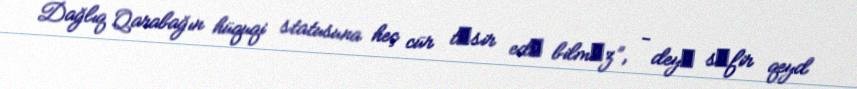
Dağlıq Qarabağın hüquqi statusuna heç cür tәsir edә bilmәz”, - deyә sәfir qeyd